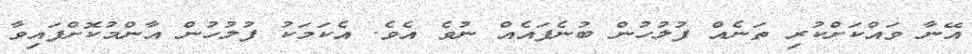
އޭނާ ވައްކަށްކުރި ތަނެއް ފުލުހުން ބުނެފައެއް ނުވެ އެވެ. އެކަމަކު ފުލުހުން އާންމުކޮށްފައިވާ